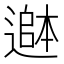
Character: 𮟄